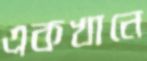
একখানে